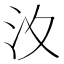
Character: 𣲋